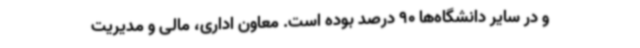
و در سایر دانشگاه‌ها 90 درصد بوده است. معاون اداری، مالی و مدیریت